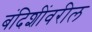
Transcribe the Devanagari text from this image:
बंदिशींवरील